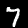
Label: 7